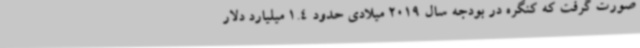
صورت گرفت که کنگره در بودجه سال 2019 میلادی حدود 1.4 میلیارد دلار